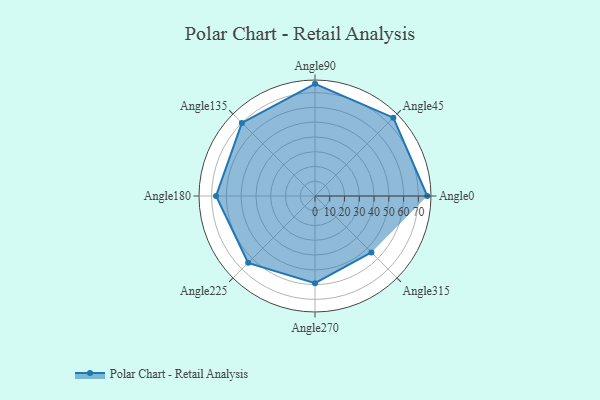
{"axis": {"x": "Angle", "y": "Radius"}, "legend": [""], "data": [{"x": "Angle0", "y": 76.0, "type": ""}, {"x": "Angle45", "y": 75.0, "type": ""}, {"x": "Angle90", "y": 76.0, "type": ""}, {"x": "Angle135", "y": 70.0, "type": ""}, {"x": "Angle180", "y": 67.0, "type": ""}, {"x": "Angle225", "y": 64.0, "type": ""}, {"x": "Angle270", "y": 59.0, "type": ""}, {"x": "Angle315", "y": 54.0, "type": ""}]}